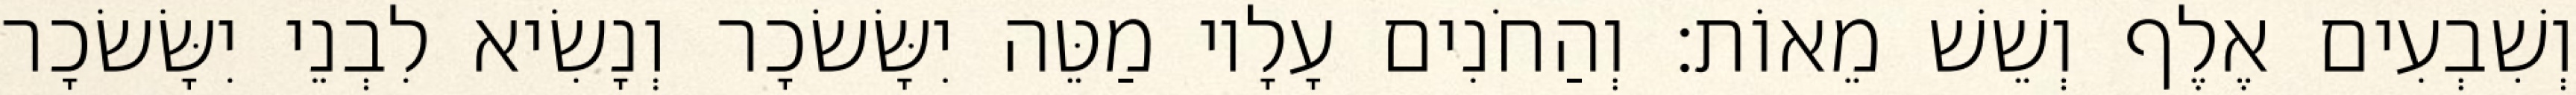
וְשִׁבְעִים אֶלֶף וְשֵׁשׁ מֵאוֹת׃ וְהַחֹנִים עָלָיו מַטֵּה יִשָּׂשׂכָר וְנָשִׂיא לִבְנֵי יִשָּׂשׂכָר